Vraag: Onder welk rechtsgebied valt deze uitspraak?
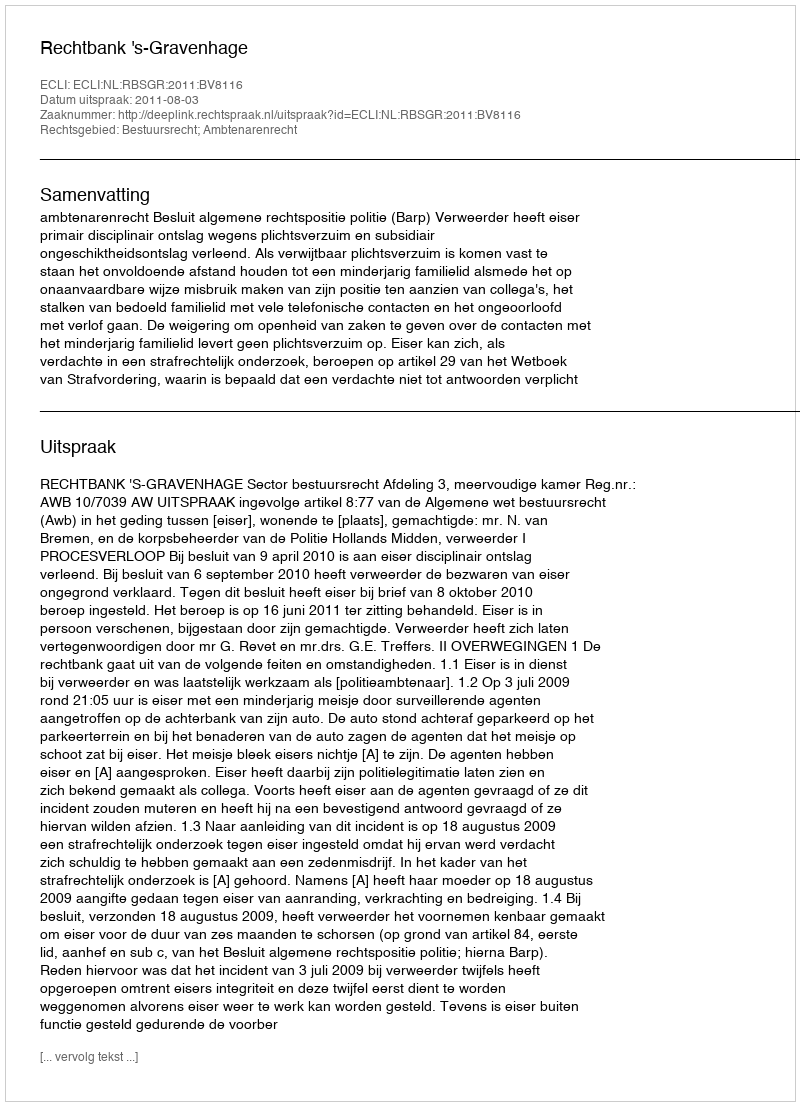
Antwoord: Bestuursrecht; Ambtenarenrecht